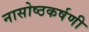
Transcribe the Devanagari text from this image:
नासोष्ठकर्षणी